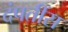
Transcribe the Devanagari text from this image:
दंपतींस